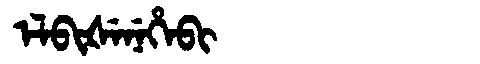
Manchu: ᡝᠯᠪᡳᡧᡝᠨᡝᡥᡝᠪᡳ
Romanization: ELBIŠENEHEBI